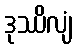
ဒုဿိလျံ